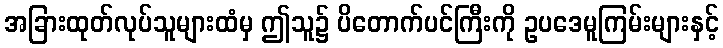
အခြားထုတ်လုပ်သူများထံမှ ဤသူ၌ ပိတောက်ပင်ကြီးကို ဥပဒေမူကြမ်းများနှင့်